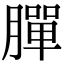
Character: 䐷